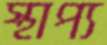
স্থাপ্য